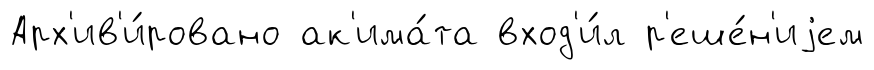
Арх'ив'и́ровано ак'има́та вход'и́л р'еше́н'иjем